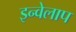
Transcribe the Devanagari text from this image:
इन्वेलाप